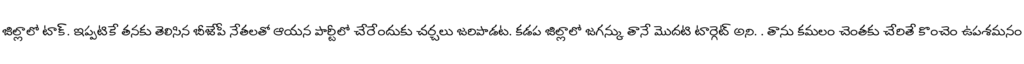
జిల్లాలో టాక్. ఇప్పటికే తనకు తెలిసిన బీజేపీ నేతలతో ఆయన పార్టీలో చేరేందుకు చర్చలు జరిపాడట. కడప జిల్లాలో జగన్కు తానే మొదటి టార్గెట్ అని. . తాను కమలం చెంతకు చేరితే కొంచెం ఉపశమనం